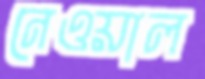
নেওয়াল